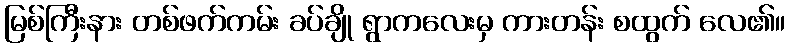
မြစ်ကြီးနား တစ်ဖက်ကမ်း ခပ်ချို ရွာကလေးမှ ကားတန်း စထွက် လေ၏။